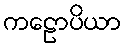
ကဠောပိယာ